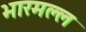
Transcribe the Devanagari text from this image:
भारमल्ल